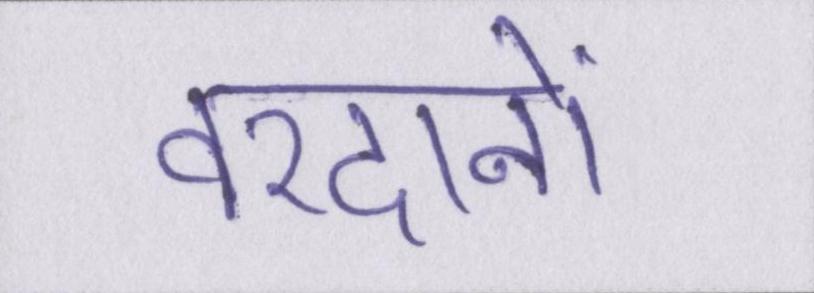
वरदानों